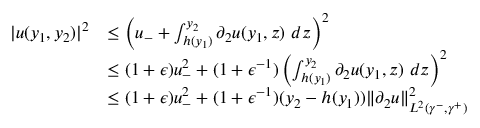
\begin{array} { r l } { | u ( y _ { 1 } , y _ { 2 } ) | ^ { 2 } } & { \leq \left( u _ { - } + \int _ { h ( y _ { 1 } ) } ^ { y _ { 2 } } \partial _ { 2 } u ( y _ { 1 } , z ) \ d z \right) ^ { 2 } } \\ & { \leq ( 1 + \epsilon ) u _ { - } ^ { 2 } + ( 1 + \epsilon ^ { - 1 } ) \left( \int _ { h ( y _ { 1 } ) } ^ { y _ { 2 } } \partial _ { 2 } u ( y _ { 1 } , z ) \ d z \right) ^ { 2 } } \\ & { \leq ( 1 + \epsilon ) u _ { - } ^ { 2 } + ( 1 + \epsilon ^ { - 1 } ) ( y _ { 2 } - h ( y _ { 1 } ) ) \| \partial _ { 2 } u \| _ { L ^ { 2 } ( \gamma ^ { - } , \gamma ^ { + } ) } ^ { 2 } } \end{array}